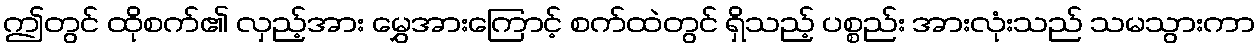
ဤတွင် ထိုစက်၏ လှည့်အား မွှေအားကြောင့် စက်ထဲတွင် ရှိသည့် ပစ္စည်း အားလုံးသည် သမသွားကာ